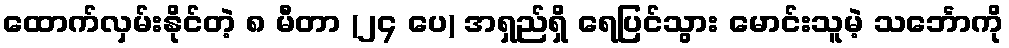
ထောက်လှမ်းနိုင်တဲ့ ၈ မီတာ (၂၄ ပေ) အရှည်ရှိ ရေပြင်သွား မောင်းသူမဲ့ သင်္ဘောကို